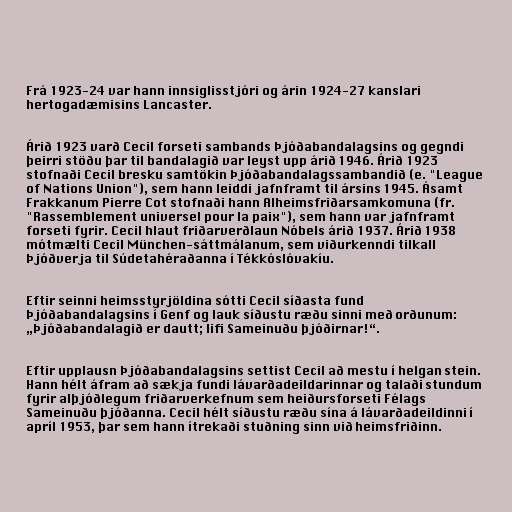
Frá 1923-24 var hann innsiglisstjóri og árin 1924-27 kanslari
hertogadæmisins Lancaster.

Árið 1923 varð Cecil forseti sambands Þjóðabandalagsins og gegndi
þeirri stöðu þar til bandalagið var leyst upp árið 1946. Árið 1923
stofnaði Cecil bresku samtökin Þjóðabandalagssambandið (e. "League
of Nations Union"), sem hann leiddi jafnframt til ársins 1945. Ásamt
Frakkanum Pierre Cot stofnaði hann Alheimsfriðarsamkomuna (fr.
"Rassemblement universel pour la paix"), sem hann var jafnframt
forseti fyrir. Cecil hlaut friðarverðlaun Nóbels árið 1937. Árið 1938
mótmælti Cecil München-sáttmálanum, sem viðurkenndi tilkall
Þjóðverja til Súdetahéraðanna í Tékkóslóvakíu.

Eftir seinni heimsstyrjöldina sótti Cecil síðasta fund
Þjóðabandalagsins í Genf og lauk síðustu ræðu sinni með orðunum:
„Þjóðabandalagið er dautt; lifi Sameinuðu þjóðirnar!“.

Eftir upplausn Þjóðabandalagsins settist Cecil að mestu í helgan stein.
Hann hélt áfram að sækja fundi lávarðadeildarinnar og talaði stundum
fyrir alþjóðlegum friðarverkefnum sem heiðursforseti Félags
Sameinuðu þjóðanna. Cecil hélt síðustu ræðu sína á lávarðadeildinni í
apríl 1953, þar sem hann ítrekaði stuðning sinn við heimsfriðinn.